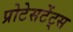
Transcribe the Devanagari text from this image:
प्रोटेसटेंट्स